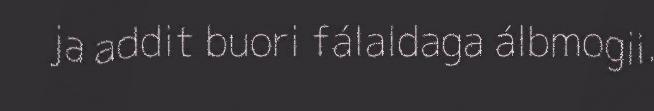
ja addit buori fálaldaga álbmogii.